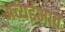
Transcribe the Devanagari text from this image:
अव्यईभाव